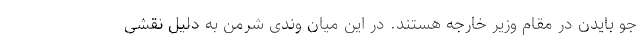
جو بایدن در مقام وزیر خارجه هستند. در این میان وندی شرمن به دلیل نقشی